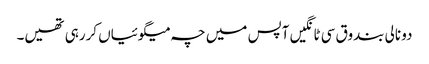
دو نالی بندوق سی ٹانگیں آپس میں چہ میگوئیاں کررہی تھیں۔